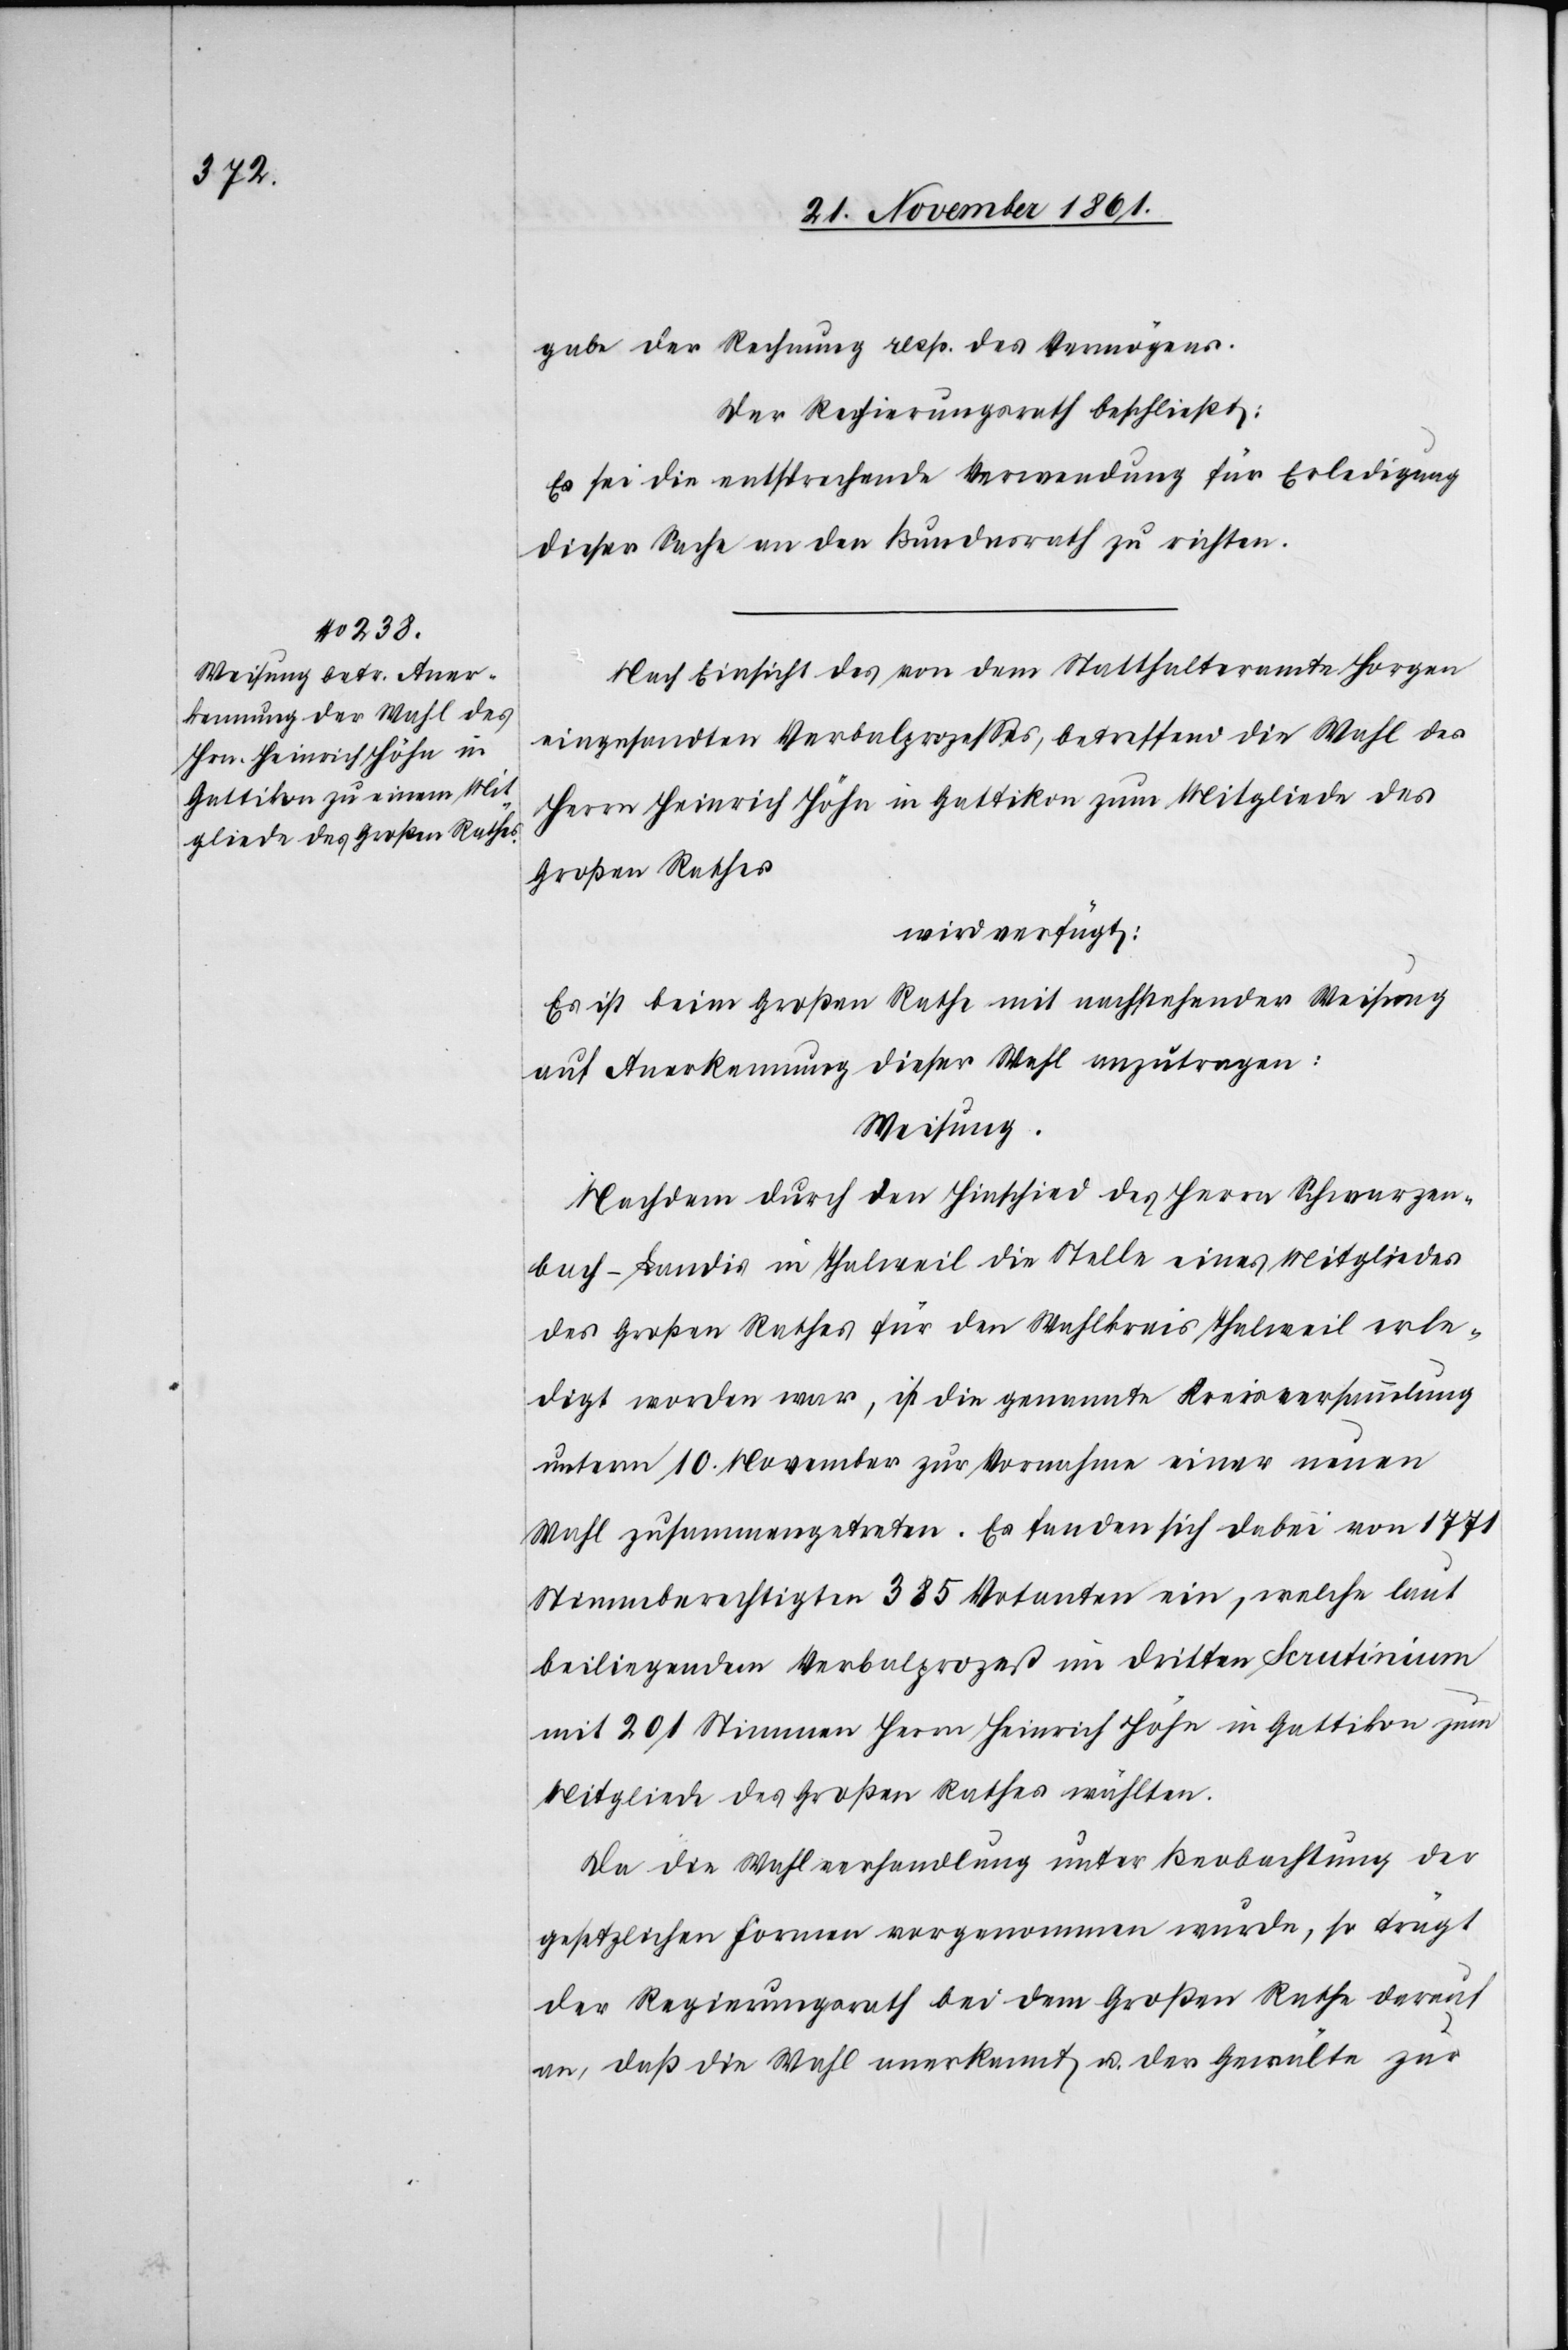
gabe der Rechnung resp. des Vermögens.
Der Regierungsrath beschließt:
Es sei die entsprechende Verwendung für Erledigung
dieser Sache an den Bundesrath zu richten.
Nach Einsicht des von dem Statthalteramte Horgen
eingesandten Verbalprozeßes, betreffend die Wahl des
Herrn Heinrich Höhn in Gattikon zum Mitgliede des
Großen Rathes
wird verfügt:
Es ist beim Großen Rathe mit nachstehendes Weisung
auf Anerkennung dieser Wahl anzutragen:
Weisung.
Nachdem durch den Hinschied des Herrn Schwarzen¬
bach-Landis in Thalweil die Stelle eines Mitgliedes
des Großen Rathes für den Wahlkreis Thalweil erle¬
digt worden war, ist die genannte Kreisversammlung
unterm 10 November zur Vornahme einer neuen
Wahl zusammengetreten. Es fanden sich dabei von 1771
Stimmberechtigten 385 Votanten ein, welche laut
beiliegenden Verbalprozeß im dritten Scrutinium
mit 201 Stimmen Herrn Heinrich Höhn in Gattikon zum
Mitgliede des Großen Rathes wählten.
Da die Wahlverhandlung unter Beobachtung der
gesetzlichen Formen vorgenommen wurde, so trägt
der Regierungsrath bei dem Großen Rathe darauf
an, daß die Wahl anerkannt u. der Gewälte zur